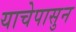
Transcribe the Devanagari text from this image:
याचेपासुन